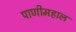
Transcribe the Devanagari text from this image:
पाणीमहाल